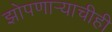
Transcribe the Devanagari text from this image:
झोपणाऱ्याचीही